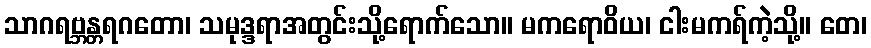
သာဂရဗ္ဘန္တရဂတော၊ သမုဒ္ဒရာအတွင်းသို့ရောက်သော။ မကရောဝိယ၊ ငါးမကရ်ကဲ့သို့။ တေ၊